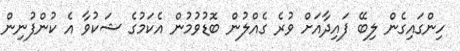
ހިންގައިގެން ލިބޭ ފައިދާއަށް ވުރެ ގެއްލުން ބޮޑުވުމުން އެކަމުގެ ޝަކުވާ އެ ކުންފުނިން